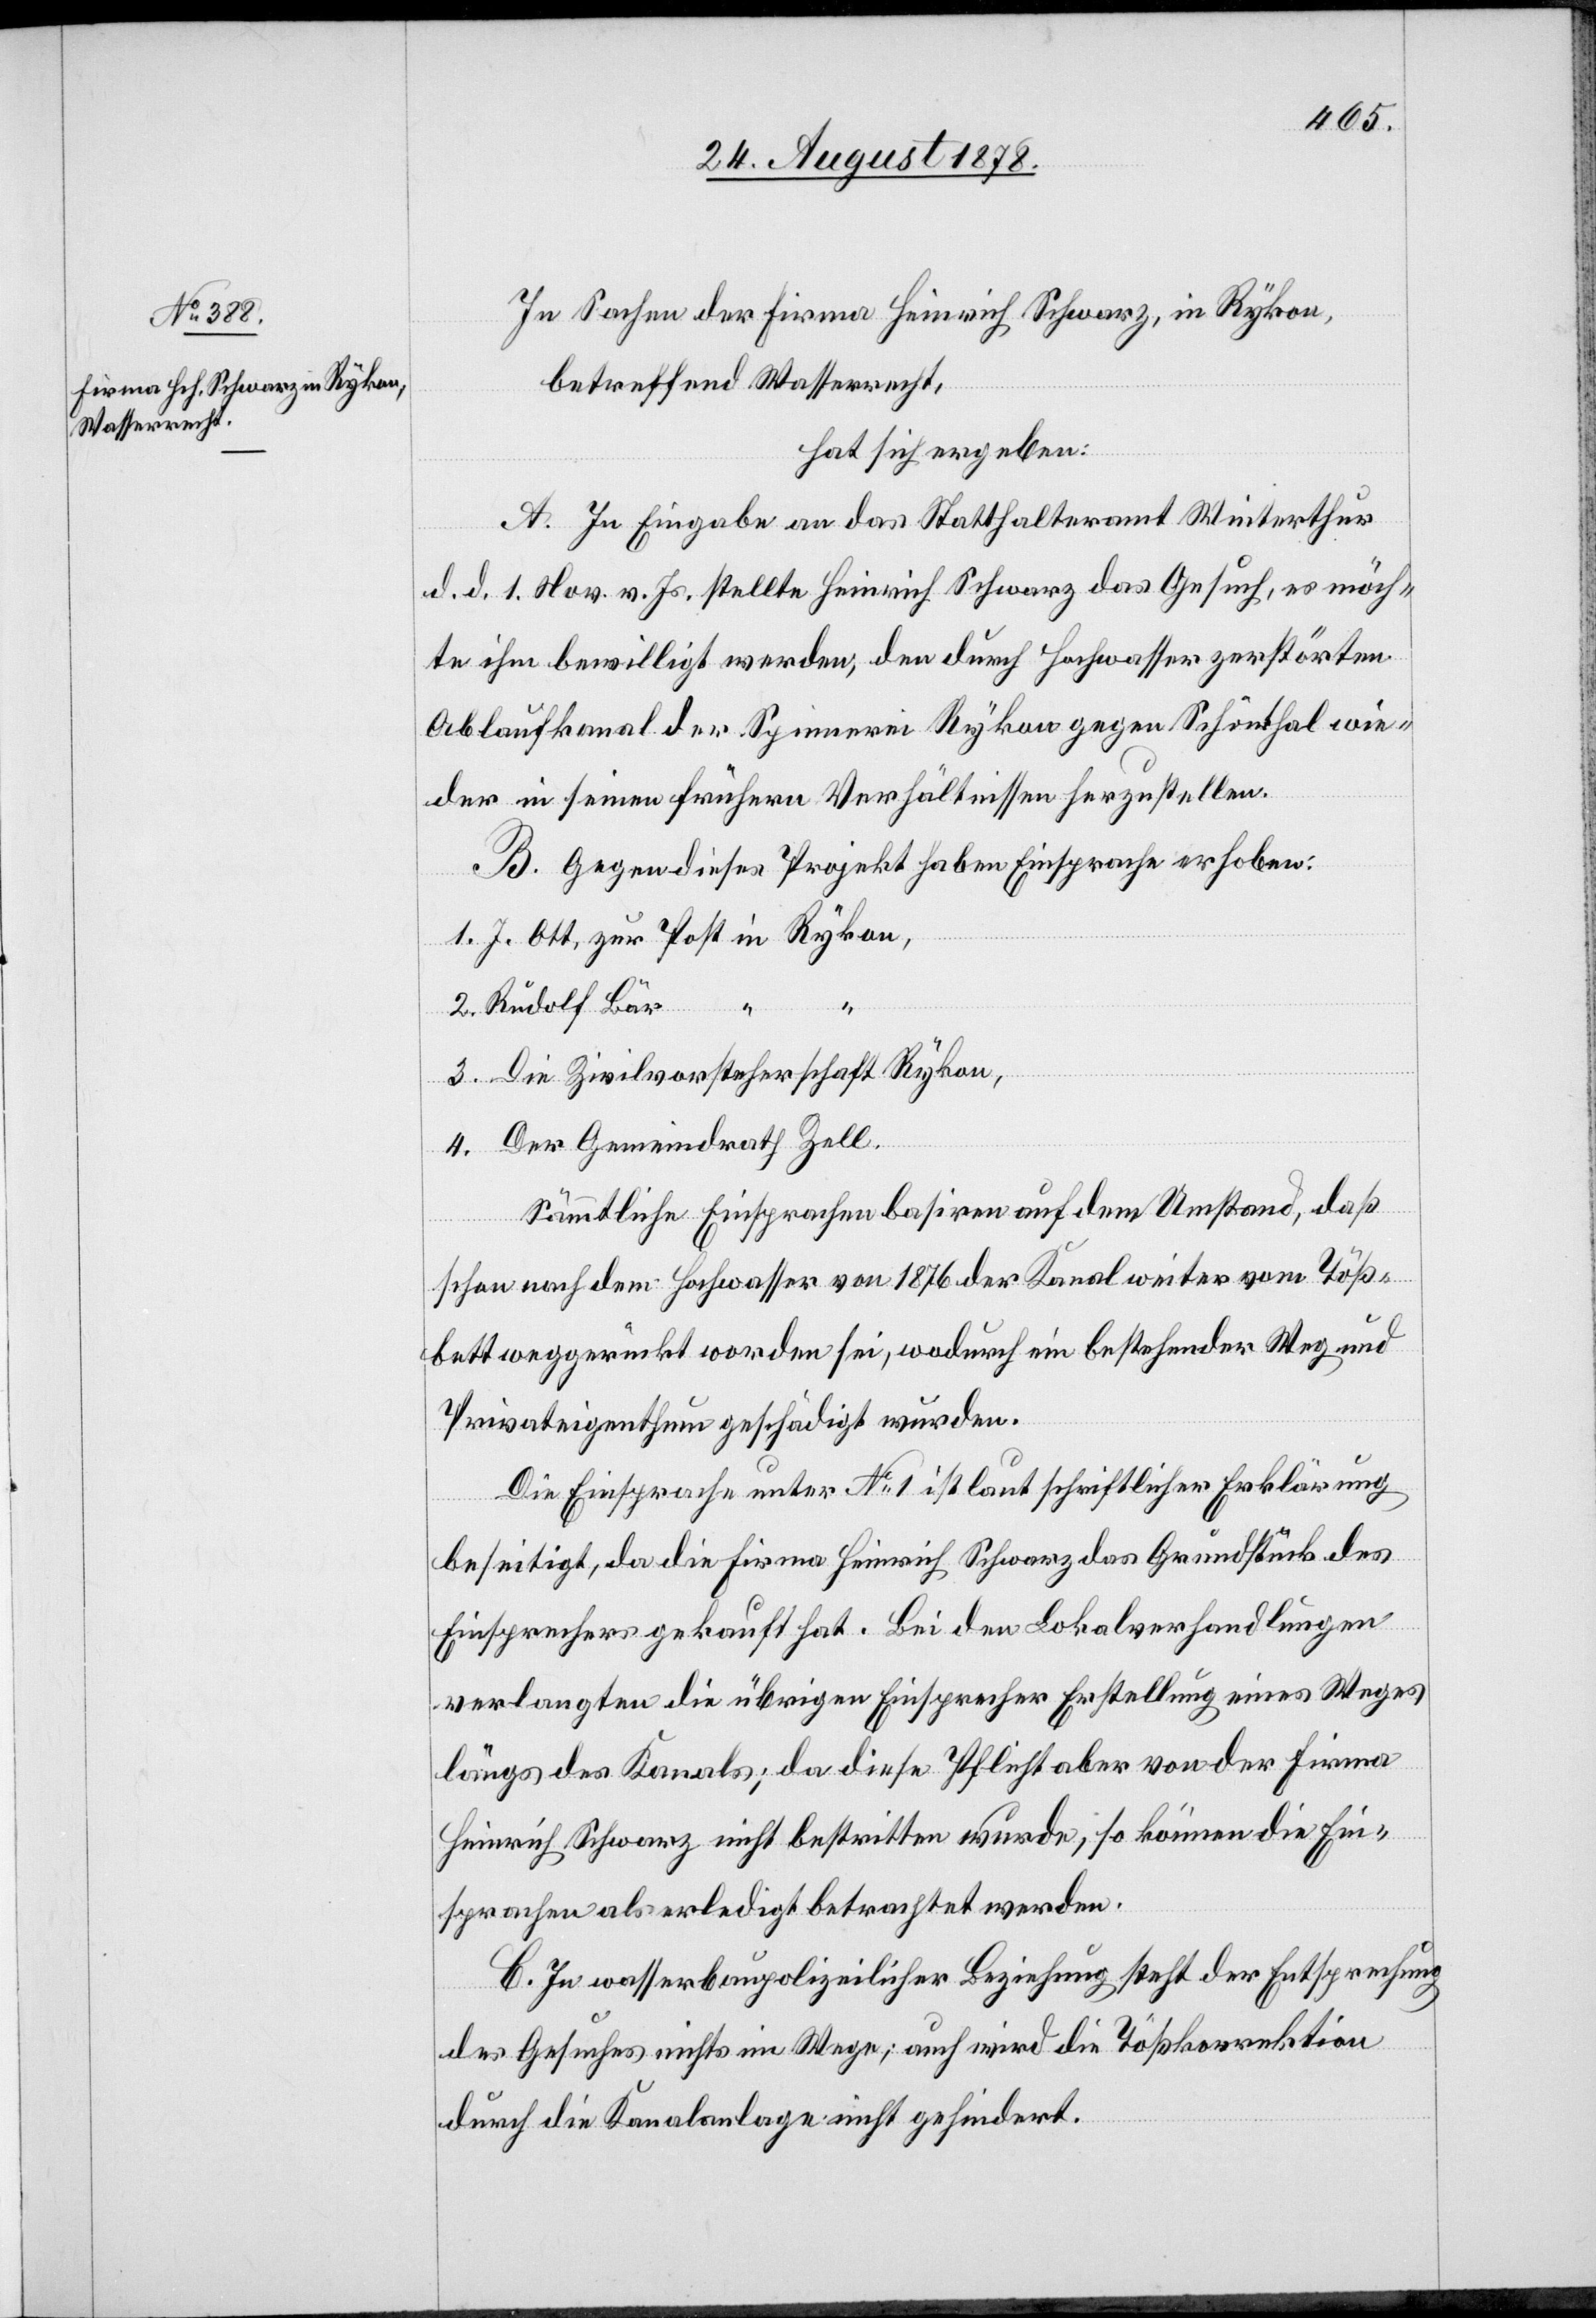
In Sachen der Firma Heinrich Schwarz, in Rykon,
betreffend Wasserrecht,
hat sich ergeben:
A. In Eingabe an das Statthalteramt Winterthur
d. d. 1. Nov. v. Js. stellte Heinrich Schwarz das Gesuch, es möch¬
te ihm bewilligt werden, den durch Hochwasser zerstörten
Ablaufkanal der Spinnerei Rykon gegen Schönthal wie¬
der in seinen frühern Verhältnissen herzustellen.
B. Gegen dieses Projekt haben Einsprachen erhoben:
1. J. Ott, zur Post in Rykon,
2. Rudolf Bär “
“
3. Die Zivilvorsteherschaft Rykon,
4. Der Gemeindrath Zell.
Sämmtliche Einsprachen basiren auf dem Umstand, daß
schon nach dem Hochwasser von 1876 der Kanal weiter vom Töß¬
bett weggerückt worden sei, wodurch ein bestehender Weg und
Privateigenthum geschädigt wurden.
Die Einsprache unter No 1 ist laut schriftlicher Erklärung
beseitigt, da die Firma Heinrich Schwarz das Grundstück des
Einsprechers gekauft hat. Bei den Lokalverhandlungen
verlangten die übrigen Einsprecher Erstellung eines Weges
längs des Kanals; da diese Pflicht aber von der Firma
Heinrich Schwarz nicht bestritten wurde, so können die Ein¬
sprachen als erledigt betrachtet werden.
C. In wasserbaupolizeilicher Beziehung steht der Entsprechung
des Gesuches nichts im Wege; auch wird die Tößkorrektion
durch die Kanalanlage nicht gehindert.